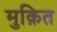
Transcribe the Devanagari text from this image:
मुक़ित